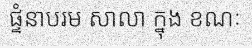
ផ្ទំនាបរម សាលា ក្នុង ខណៈ